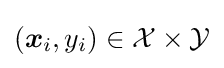
({\boldsymbol {x}}_{i},y_{i})\in {\mathcal {X}}\times {\mathcal {Y}}